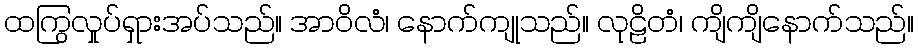
ထကြွလှုပ်ရှားအပ်သည်။ အာဝိလံ၊ နောက်ကျုသည်။ လုဠိတံ၊ ကျိကျိနောက်သည်။